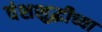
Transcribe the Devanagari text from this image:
वंशशुद्धीच्या